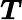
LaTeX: \boldsymbol{T}